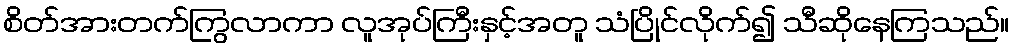
စိတ်အားတက်ကြွလာကာ လူအုပ်ကြီးနှင့်အတူ သံပြိုင်လိုက်၍ သီဆိုနေကြသည်။